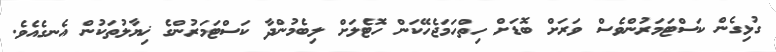
ގުޅިގެން ކަސްޓަމަރުންވެސް ވަރަށް ބޮޑަށް ހިތްހަމަޖެހޭކަން ހޮޓެލަށް ލިބެމުންދާ ކަސްޓަމަރުންގެ ޚިޔާލުތަކުން އެނގެއެވެ.